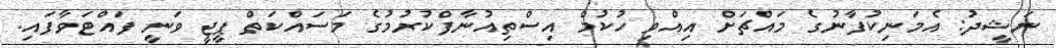
ނަޝީދު: އެމަނިކުފާނުގެ މައްޗަށް އިއްވި ހުކުމް އިސްތިއުނާފްކުރުމުގެ މަސައްކަތް ޕީޖީ ވަނީ ފައްޓަވާފައި.